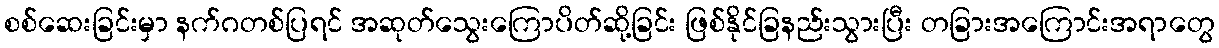
စစ်ဆေးခြင်းမှာ နက်ဂတစ်ပြရင် အဆုတ်သွေးကြောပိတ်ဆို့ခြင်း ဖြစ်နိုင်ခြနည်းသွားပြီး တခြားအကြောင်းအရာတွေ